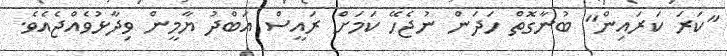
"ކަރަ ކަރައިން" ބުނާގޮތް ހަދަން ނުޖެހޭ ކަމަށް ރައީސް އަބްދު ޔާމީން ވިދާޅުވެއްޖެއެވެ.